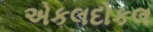
એકલદોકલ